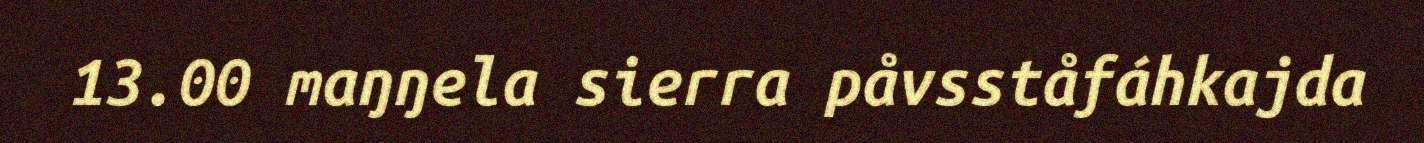
13.00 maŋŋela sierra påvsståfáhkajda